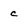
Character: C